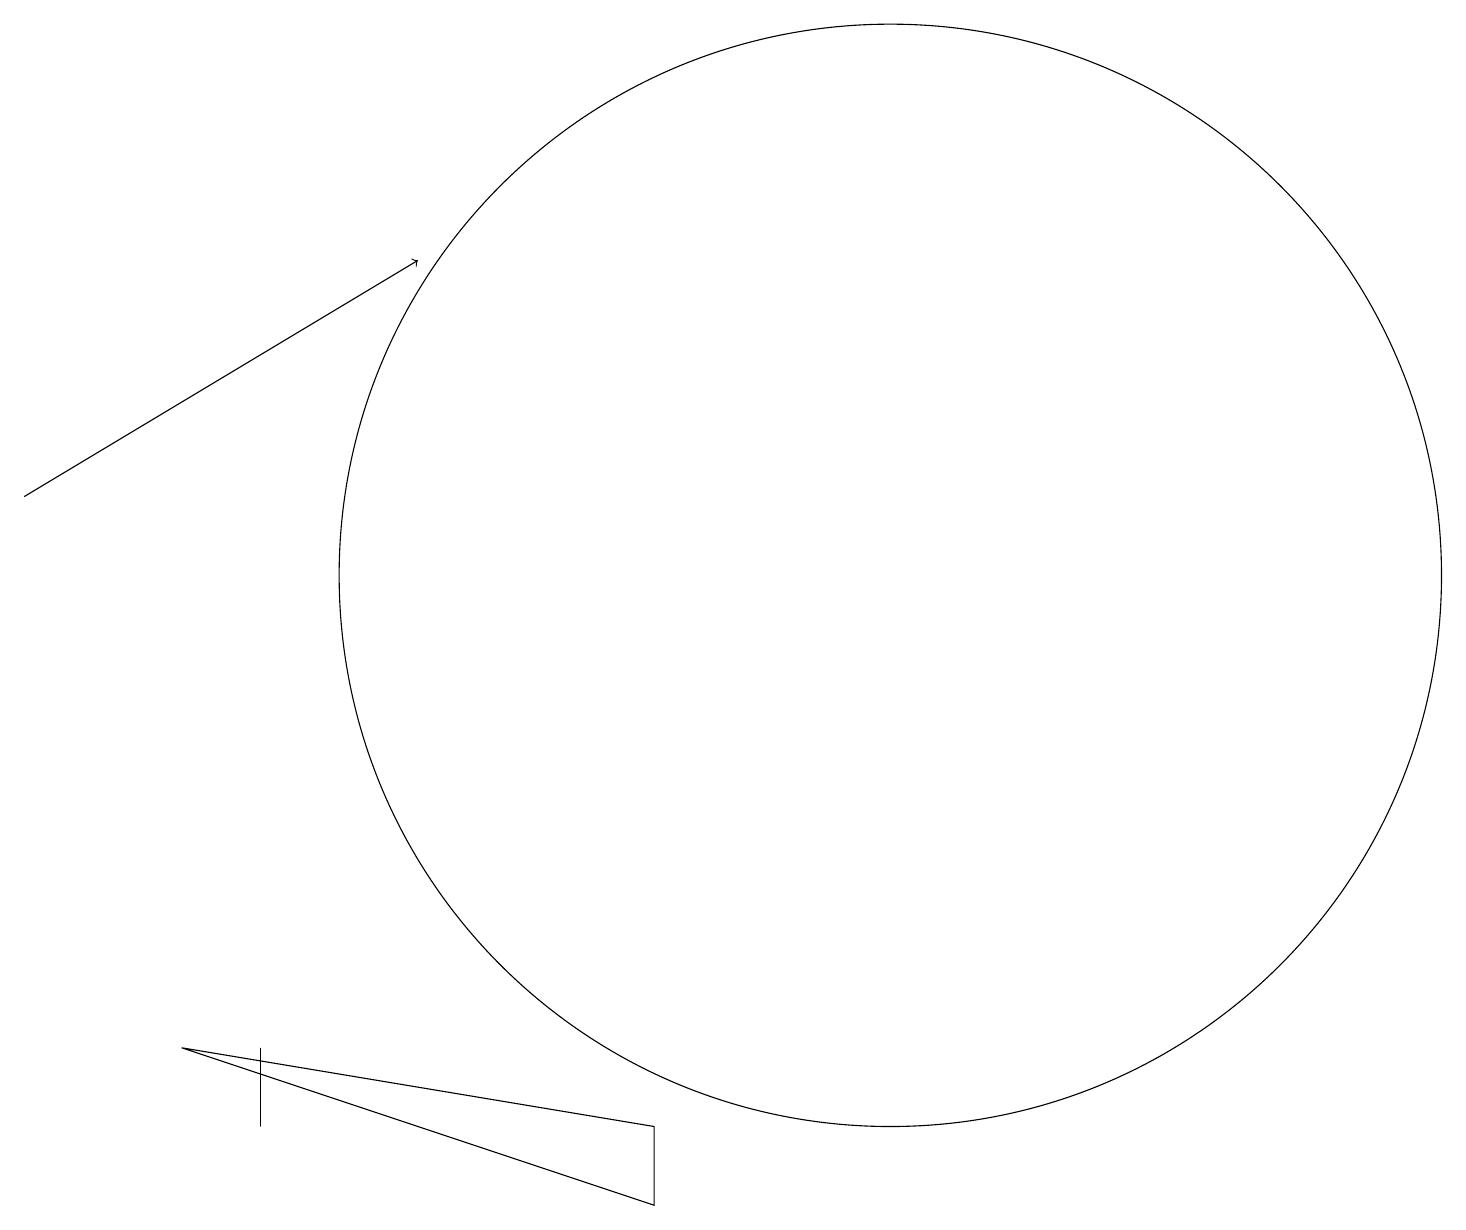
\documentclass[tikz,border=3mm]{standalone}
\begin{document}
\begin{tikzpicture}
\draw (3,5) -- (3,5) -- (3,6) -- cycle;
\draw[->] (0,13) -- (5,16);
\draw (11,12) circle (7);
\draw (8,4) -- (2,6) -- (8,5) -- cycle;
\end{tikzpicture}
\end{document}